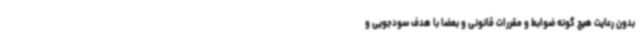
بدون رعایت هیچ گونه ضوابط و مقررات قانونی و بعضا با هدف سودجویی و